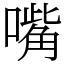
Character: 嘴